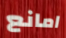
امانع